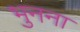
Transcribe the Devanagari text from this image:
भुनना